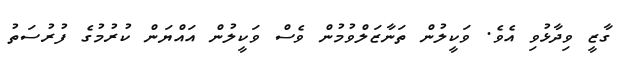
ގާޒީ ވިދާޅުވި އެވެ. ވަކީލުން ތަނާޒަލްވުމުން ވެސް ވަކީލުން އައްޔަން ކުރުމުގެ ފުރުސަތު